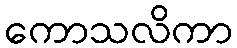
ကောသလိကာ